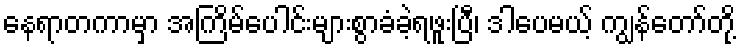
နေရာတကာမှာ အကြိမ်ပေါင်းများစွာခံခဲ့ရဖူးပြီ၊ ဒါပေမယ့် ကျွန်တော်တို့